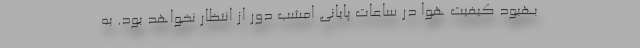
بهبود کیفیت هوا در ساعات پایانی امشب دور از انتظار نخواهد بود. به